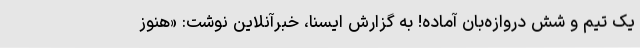
یک تیم و شش دروازه‌بان آماده! به گزارش ایسنا، خبرآنلاین نوشت: «هنوز